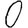
Digit: 0